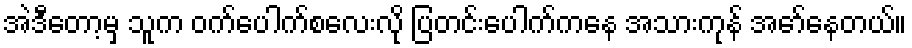
အဲဒီတော့မှ သူက ဝက်ပေါက်စလေးလို ပြတင်းပေါက်ကနေ အသားကုန် အော်နေတယ်။